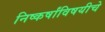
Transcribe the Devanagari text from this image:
निष्कर्षांविषयीचे